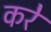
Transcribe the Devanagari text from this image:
करेे